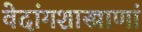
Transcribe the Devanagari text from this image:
वेदांगशास्त्राणां